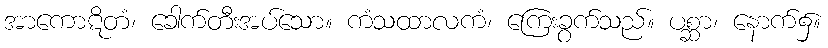
အာကောဋိတံ၊ ခေါက်တီးအပ်သော။ ကံသထာလကံ၊ ကြေးခွက်သည်။ ပစ္ဆာ၊ နောက်၌။